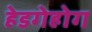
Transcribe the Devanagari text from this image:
हेडगेहोग